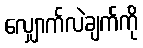
လျှောက်လဲချက်ကို